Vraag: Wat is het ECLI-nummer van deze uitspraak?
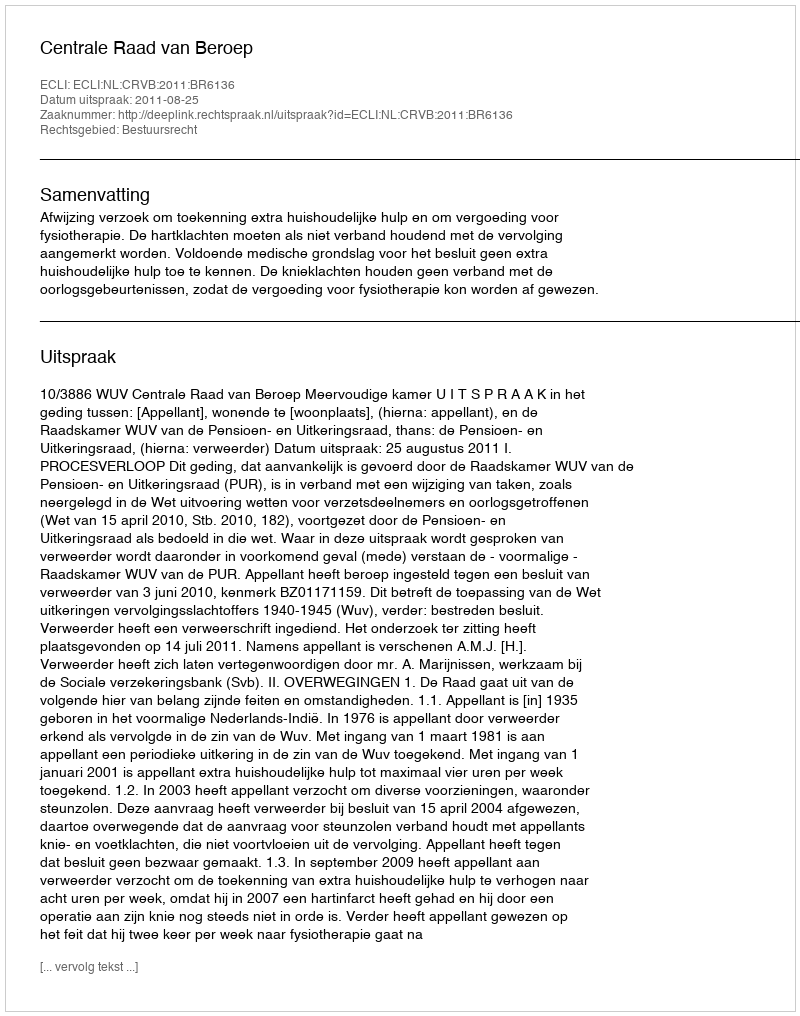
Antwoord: ECLI:NL:CRVB:2011:BR6136